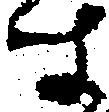
す